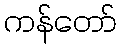
ကန်တော်